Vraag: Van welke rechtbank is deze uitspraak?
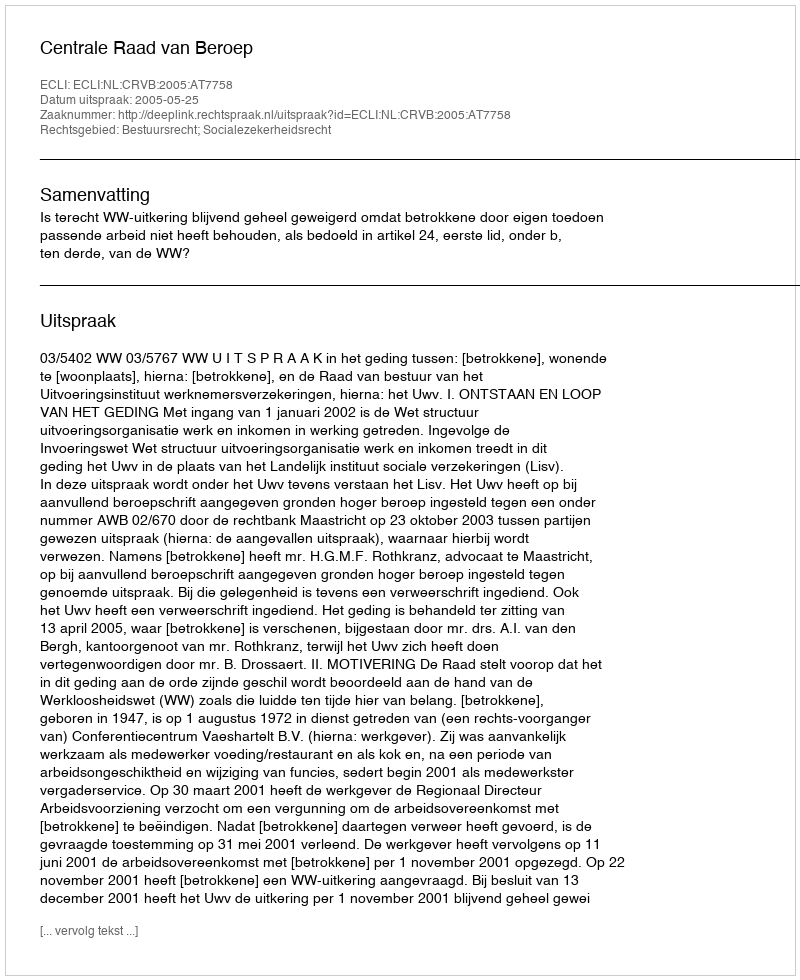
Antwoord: Centrale Raad van Beroep